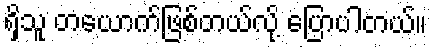
ရှိသူ တယောက်ဖြစ်တယ်လို့ ပြောပါတယ်။